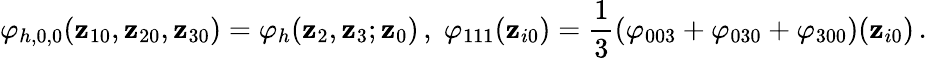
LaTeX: \varphi_{h,0,0}(\mathbf{z}_{10},\mathbf{z}_{20},\mathbf{z}_{30})=\varphi_{h}(\mathbf{z}_{2},\mathbf{z}_{3};\mathbf{z}_{0})\, ,\; \varphi_{111}(\mathbf{z}_{i0})=\frac{{1}}{{3}}(\varphi_{003}+\varphi_{030}+\varphi_{300})(\mathbf{z}_{i0})\, .